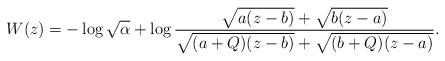
\begin{align*}W(z)=-\log\sqrt{\alpha}+\log\frac{\sqrt{a(z-b)}+\sqrt{b(z-a)}}{\sqrt{(a+Q)(z-b)}+\sqrt{(b+Q)(z-a)}}.\end{align*}